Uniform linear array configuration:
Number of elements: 32
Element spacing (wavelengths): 0.25
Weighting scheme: kaiser
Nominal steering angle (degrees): -60
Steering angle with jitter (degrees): -61.663
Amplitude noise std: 0.05
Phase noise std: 0.05

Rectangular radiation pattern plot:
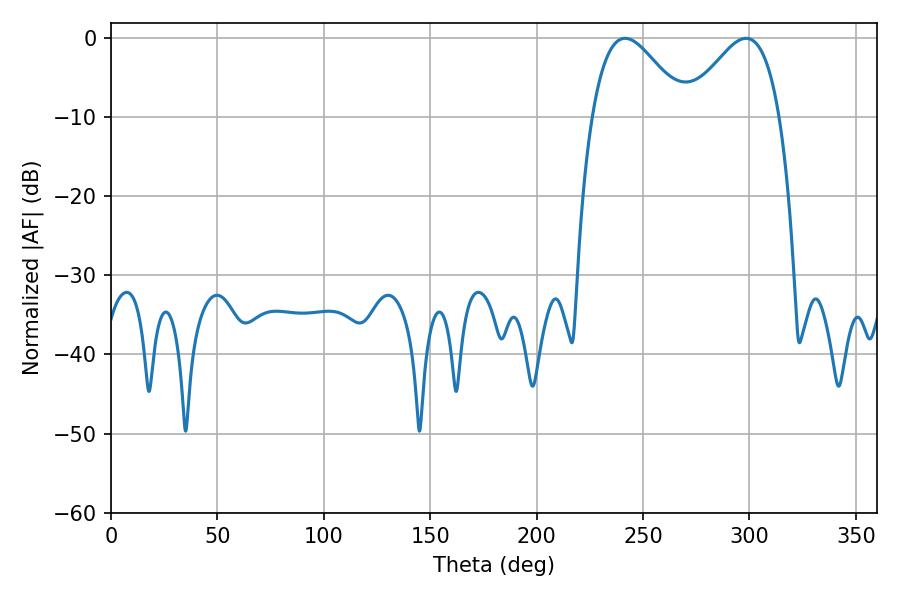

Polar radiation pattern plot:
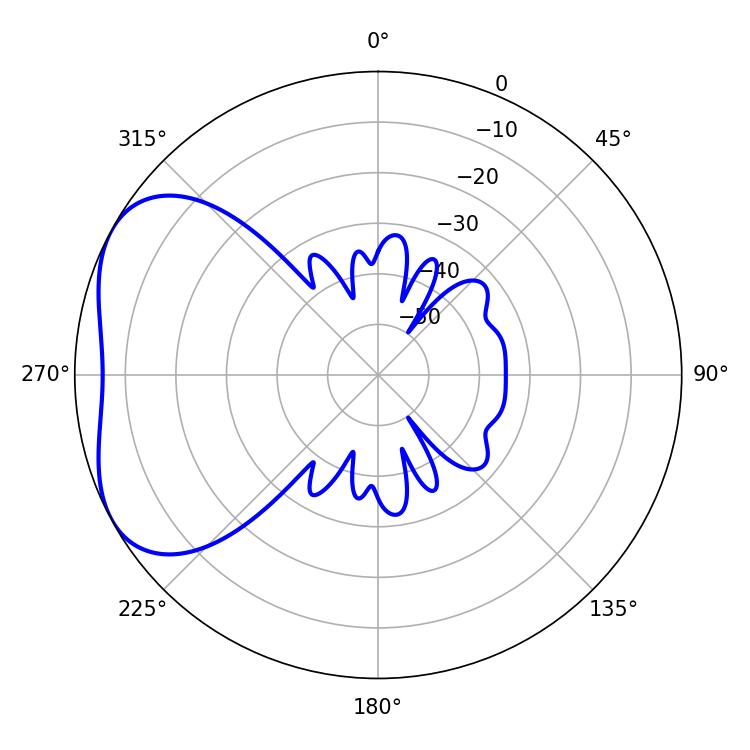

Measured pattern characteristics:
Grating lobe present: FALSE
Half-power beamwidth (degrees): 23.58
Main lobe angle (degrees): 241.56